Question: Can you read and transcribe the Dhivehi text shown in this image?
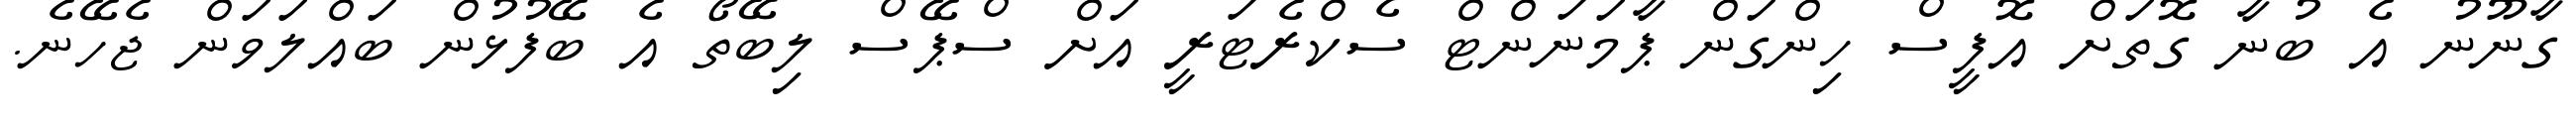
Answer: ގާނޫނު އެ ބުނާ ގޮތަށް އޮފީސް ހިންގަން ޕާމަނަންޓް ސެކްރެޓަރީ އަށް ސްޕޭސް ލިބޭތޯ އެ ބޭފުޅުން ބައްލަވަން ޖެހޭނެ.